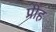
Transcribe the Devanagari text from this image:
प्रीह